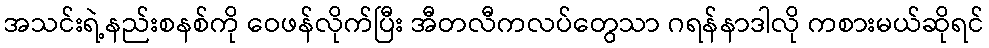
အသင်းရဲ့နည်းစနစ်ကို ဝေဖန်လိုက်ပြီး အီတလီကလပ်တွေသာ ဂရန်နာဒါလို ကစားမယ်ဆိုရင်